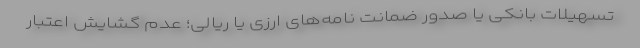
تسهیلات بانکی یا صدور ضمانت نامه‌های ارزی یا ریالی؛ عدم گشایش اعتبار